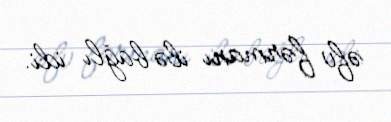
əfv fərmanı ilə bağlı idi.